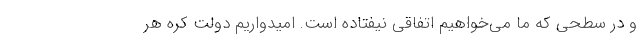
و در سطحی که ما می‌خواهیم اتفاقی نیفتاده است. امیدواریم دولت کره هر